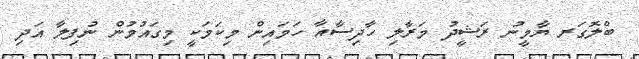
ބްލޮގަރ ޔާމީނު ރަޝީދު މަރާލި ހާދިސާއާ ހަމައިން މިކަމަކީ މިގައުމުން ނުފިލާ އަދި